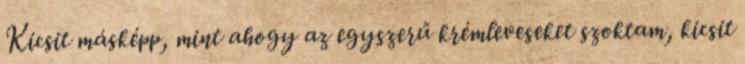
Kicsit másképp, mint ahogy az egyszerű krémleveseket szoktam, kicsit